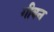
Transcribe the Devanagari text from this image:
गीवन